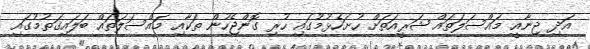
އަދި ޖިނާއީ މައްސަލަތައް ޝަރީއަތަށް ހުށަހެޅުމުގައި ހުރި ގޮންޖެހުން ތަކާއި މައްސަލަތައް ބަލައިގަތުމުގައި